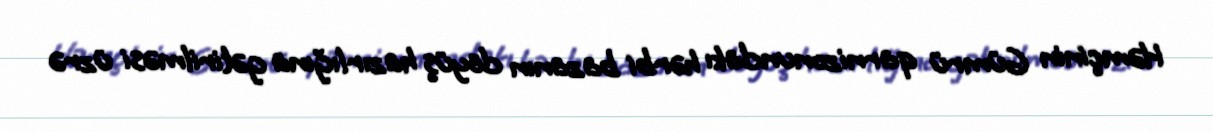
Həmçinin Gümrü qarnizonundakı hərbi bazanın döyüş hazırlığına gətirilməsi üzrə